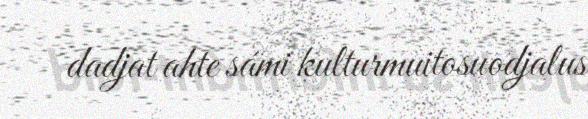
dadjat ahte sámi kulturmuitosuodjalus